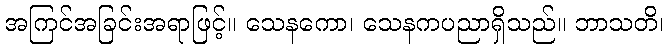
အကြင်အခြင်းအရာဖြင့်။ သေနကော၊ သေနကပညာရှိသည်။ ဘာသတိ၊